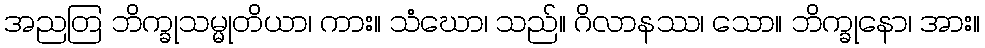
အညတြ ဘိက္ခုသမ္မုတိယာ၊ ကား။ သံဃော၊ သည်။ ဂိလာနဿ၊ သော။ ဘိက္ခုနော၊ အား။